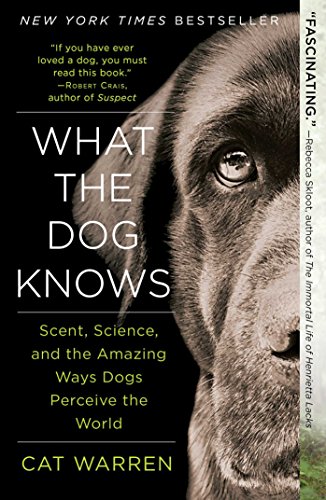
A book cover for What the Dog Knows: Scent, Science, and the Amazing Ways Dogs Perceive the World; Cat Warren; Medical Books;